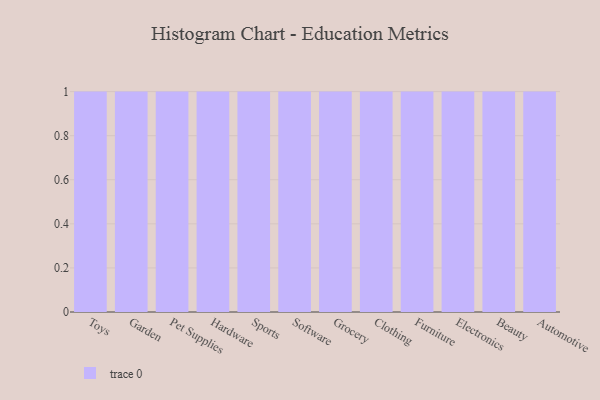
{"axis": {"x": "Category", "y": "Production Output"}, "legend": [""], "data": [{"x": "Toys", "y": 12, "type": ""}, {"x": "Garden", "y": 15, "type": ""}, {"x": "Pet Supplies", "y": 55, "type": ""}, {"x": "Hardware", "y": 67, "type": ""}, {"x": "Sports", "y": 66, "type": ""}, {"x": "Software", "y": 3, "type": ""}, {"x": "Grocery", "y": 15, "type": ""}, {"x": "Clothing", "y": 5, "type": ""}, {"x": "Furniture", "y": 60, "type": ""}, {"x": "Electronics", "y": 72, "type": ""}, {"x": "Beauty", "y": 57, "type": ""}, {"x": "Automotive", "y": 59, "type": ""}]}